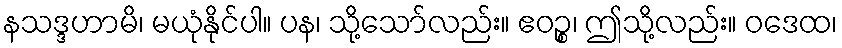
နသဒ္ဒဟာမိ၊ မယုံနိုင်ပါ။ ပန၊ သို့သော်လည်း။ ဧဝဉ္စ၊ ဤသို့လည်း။ ဝဒေထ၊